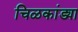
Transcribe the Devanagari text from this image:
चिळकांड्या